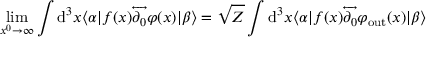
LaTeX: \operatorname* { l i m } _ { x ^ { 0 } \to \infty } \int \mathrm { d } ^ { 3 } x \langle \alpha | f ( x ) { \overleftrightarrow { \partial _ { 0 } } } \varphi ( x ) | \beta \rangle = { \sqrt { Z } } \int \mathrm { d } ^ { 3 } x \langle \alpha | f ( x ) { \overleftrightarrow { \partial _ { 0 } } } \varphi _ { \mathrm { o u t } } ( x ) | \beta \rangle